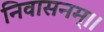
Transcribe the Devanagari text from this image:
निवासनम्।।